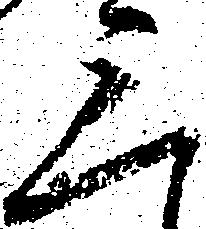
三